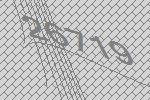
26719